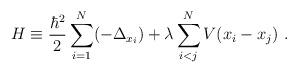
LaTeX: \begin{align*}H \equiv \frac{\hbar^2}{2}\sum_{ i =1 }^N ( - \Delta_{x_i })+ \lambda \sum_{i < j }^NV (x_ i - x_j ) \ . \end{align*}